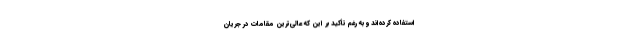
استفاده کرده‌اند و به رغم تأکید بر این که عالی‌ترین مقامات در جریان